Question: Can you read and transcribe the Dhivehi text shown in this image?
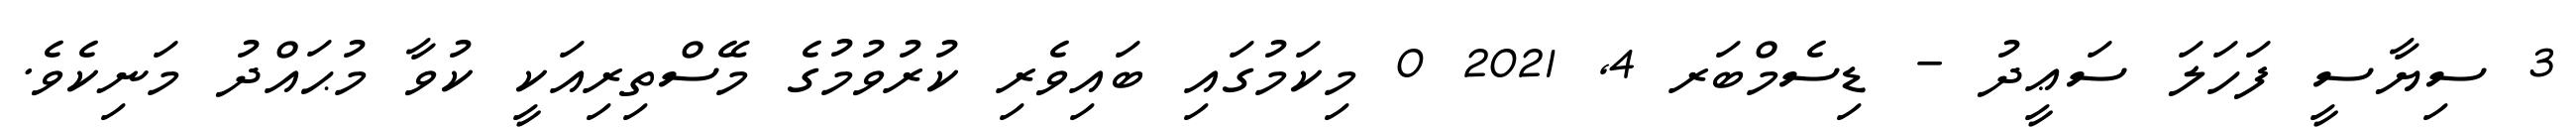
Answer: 3 ސިޔާސީ ފަހަލަ ސަޢީދު - ޑިސެމްބަރ 4, 2021 0 މިކަމުގައި ބައިވެރި ކުރުވުމުގެ މޭސްތިރިއަކީ ކުވާ މުޙައްދު މަނިކެވެ.